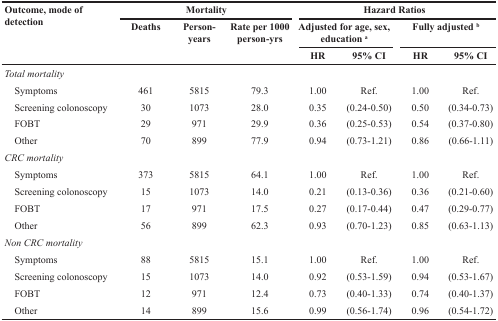
<table><thead><tr><td rowspan="3"><b>Outcome, mode of detection</b></td><td colspan="3"><b>Mortality</b></td><td colspan="4"><b>Hazard Ratios</b></td></tr><tr><td rowspan="2"><b>Deaths</b></td><td rowspan="2"><b>Person-years</b></td><td rowspan="2"><b>Rate per 1000 person-yrs</b></td><td colspan="2"><b>Adjusted for age, sex, education <sup>a</sup></b></td><td colspan="2"><b>Fully adjusted <sup>b</sup></b></td></tr><tr><td><b>HR</b></td><td><b>95% CI</b></td><td><b>HR</b></td><td><b>95% CI</b></td></tr></thead><tbody><tr><td><i>Total mortality</i></td><td></td><td></td><td></td><td></td><td></td><td></td><td></td></tr><tr><td> Symptoms</td><td>461</td><td>5815</td><td>79.3</td><td>1.00</td><td>Ref.</td><td>1.00</td><td>Ref.</td></tr><tr><td> Screening colonoscopy</td><td>30</td><td>1073</td><td>28.0</td><td>0.35</td><td>(0.24-0.50)</td><td>0.50</td><td>(0.34-0.73)</td></tr><tr><td> FOBT</td><td>29</td><td>971</td><td>29.9</td><td>0.36</td><td>(0.25-0.53)</td><td>0.54</td><td>(0.37-0.80)</td></tr><tr><td> Other</td><td>70</td><td>899</td><td>77.9</td><td>0.94</td><td>(0.73-1.21)</td><td>0.86</td><td>(0.66-1.11)</td></tr><tr><td><i>CRC mortality</i></td><td></td><td></td><td></td><td></td><td></td><td></td><td></td></tr><tr><td> Symptoms</td><td>373</td><td>5815</td><td>64.1</td><td>1.00</td><td>Ref.</td><td>1.00</td><td>Ref.</td></tr><tr><td> Screening colonoscopy</td><td>15</td><td>1073</td><td>14.0</td><td>0.21</td><td>(0.13-0.36)</td><td>0.36</td><td>(0.21-0.60)</td></tr><tr><td> FOBT</td><td>17</td><td>971</td><td>17.5</td><td>0.27</td><td>(0.17-0.44)</td><td>0.47</td><td>(0.29-0.77)</td></tr><tr><td> Other</td><td>56</td><td>899</td><td>62.3</td><td>0.93</td><td>(0.70-1.23)</td><td>0.85</td><td>(0.63-1.13)</td></tr><tr><td><i>Non CRC mortality</i></td><td></td><td></td><td></td><td></td><td></td><td></td><td></td></tr><tr><td> Symptoms</td><td>88</td><td>5815</td><td>15.1</td><td>1.00</td><td>Ref.</td><td>1.00</td><td>Ref.</td></tr><tr><td> Screening colonoscopy</td><td>15</td><td>1073</td><td>14.0</td><td>0.92</td><td>(0.53-1.59)</td><td>0.94</td><td>(0.53-1.67)</td></tr><tr><td> FOBT</td><td>12</td><td>971</td><td>12.4</td><td>0.73</td><td>(0.40-1.33)</td><td>0.74</td><td>(0.40-1.37)</td></tr><tr><td> Other</td><td>14</td><td>899</td><td>15.6</td><td>0.99</td><td>(0.56-1.74)</td><td>0.96</td><td>(0.54-1.72)</td></tr></tbody></table>